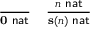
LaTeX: \begin{array} { l l } { { \frac { } { \mathbf { 0 } \, \, { \mathsf { n a t } } } } } & { { \frac { n \, \, { \mathsf { n a t } } } { \mathbf { s ( } n \mathbf { ) } \, \, { \mathsf { n a t } } } } } \end{array}